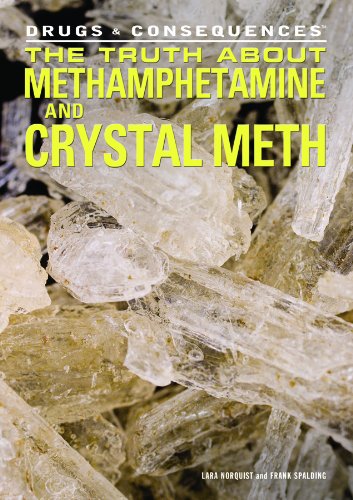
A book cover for The Truth About Methamphetamine and Crystal Meth (Drugs & Consequences); Lara Norquist; Teen & Young Adult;